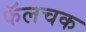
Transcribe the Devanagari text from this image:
फॅलचक